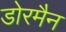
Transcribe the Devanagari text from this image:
डोरमैन